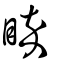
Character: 睟